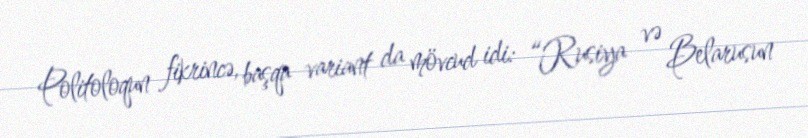
Politoloqun fikrincə, başqa variant da mövcud idi: “Rusiya və Belarusun